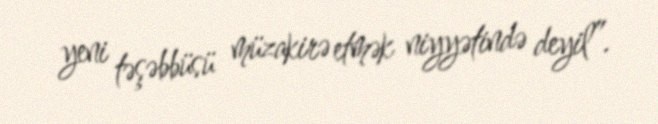
yeni təşəbbüsü müzakirə etmək niyyətində deyil”.